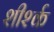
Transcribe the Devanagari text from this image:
शीर्श्क